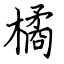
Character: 橘